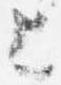
上